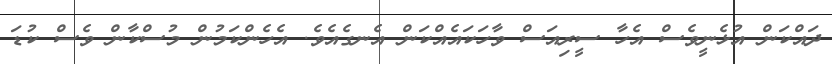
ދައްކަން އުޅެނީވެސް އެހާ ސީރިއަސް ވާހަކައެއްކަން އެނގެއެވެ. އެހެންކަމުން މުސްކާން ވެސް ކުޑަ